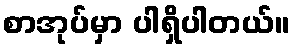
စာအုပ်မှာ ပါရှိပါတယ်။